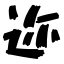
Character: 迩